Annual administration report of the Civil Veterinary Department of India - 1892-1893
Year: 1892
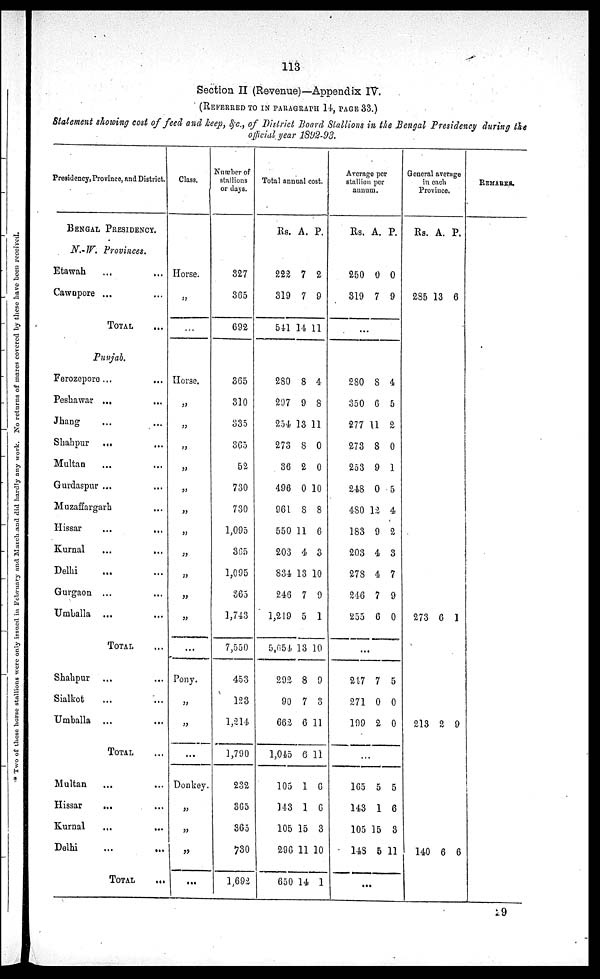
113
Section II (Revenue)—Appendix IV.
(REFERRED TO IN PARAGRAPH 14, PAGE 33.)
Statement showing cost of feed and keep, &c., of District Board Stallions in the Bengal Presidency during the
official year 1892-93.
Presidency, Province, and District.
BENGAL PRESIDENCY.
N.-W. Provinces.
Etawah ... ...
Cawnpore ... ...
TOTAL ...
Punjab.
Ferozepore ... ...
Peshawar ... ...
Jhang ... ...
Shahpur ... ...
Multan ... ...
Gurdaspur ... ...
Muzaffargarh ...
Hissar
...
...
Kurnal ... ...
Delhi ... ...
Gurgaon ... ...
Umballa ... ...
TOTAL ...
Shahpur ... ...
Sialkot ... ...
Umballa ... ...
TOTAL ...
Multan ... ...
Hissar
... ...
Kurnal ... ...
Delhi ... ...
TOTAL
...
Class.
Horse.
„
...
Horse.
„
„
„
„
„
„
„
„
„
„
„
...
Pony.
„
„
...
Donkey
„
„
„
...
Number of
stallions
or days.
327
365
692
365
310
335
365
52
730
730
1,095
365
1,095
365
1,743
7,550
453
123
1,214
1,790
232
365
365
730
1,692
Total annual cost.
Rs. A. P.
222
319
541
7
7
14
2
9
11
280
297
254
273
36
496
961
550
203
834
246
1,219
5,654
292
90
662
1,045
105
143
105
296
650
8
9
13
8
2
0
8
11
4
13
7
5
13
8
7
6
6
1
1
15
11
14
4
8
11
0
0
10
8
6
3
10
9
1
10
9
3
11
11
6
6
3
10
1
Average per
stallion per
annum.
Rs. A. P.
250
319
0
7
0
9
...
280
350
277
273
253
248
480
183
203
278
246
255
8
6
11
8
9
0
12
9
4
4
7
6
4
5
2
0
1
5
4
2
3
7
9
0
...
217
271
199
7
0
2
5
0
0
...
165
143
105
148
5
1
15
5
5
6
3
11
...
General average
in
each
Province.
Rs. A. P.
285 13 6
273 6 1
213 2 9
140 6
6
REMARKS.
29